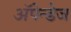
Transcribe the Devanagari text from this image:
अॅपेन्डेज